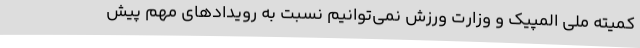
کمیته ملی المپیک و وزارت ورزش نمی‌توانیم نسبت به رویدادهای مهم پیش